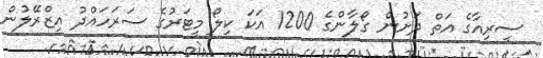
ސީރިއާގެ އަތް ދަށުން ގޯލާންގެ 1200 އަކަ ކިލޯ މީޓަރުގެ ސަރަހައްދު އިޒްރޭލުން